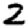
Digit: 2